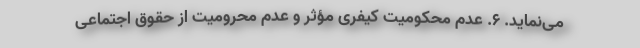
می‌نماید. ۶. عدم محکومیت کیفری مؤثر و عدم محرومیت از حقوق اجتماعی